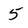
Character: 5